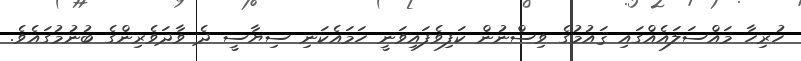
ހުރިހާ މައްސަލައެއްގައި ޤައުމުގެ ވިސްނުން ކަފިވެފައިވަނީ ހަމައެކަނި ސިޔާސީ ދެ ވާދަވެރިންގެ ބުނުމުގައެވެ.